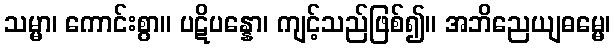
သမ္မာ၊ ကောင်းစွာ။ ပဋိပန္နော၊ ကျင့်သည်ဖြစ်၍။ အဘိညေယျဓမ္မေ၊